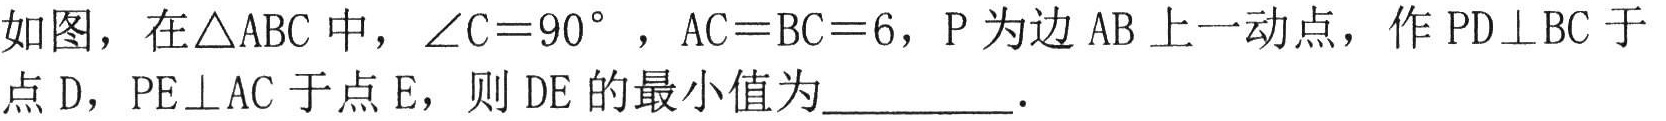
如图，在\(\triangle ABC\)中，\(\angle C = 90^{\circ}\)，\(AC = BC = 6\)，\(P\)为边\(AB\)上一动点，作\(PD\perp BC\)于点\(D\)，\(PE\perp AC\)于点\(E\)，则\(DE\)的最小值为  ．